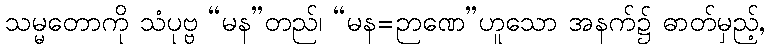
သမ္မတောကို သံပုဗ္ဗ “မန”တည်၊ “မန=ဉာဏေ”ဟူသော အနက်၌ ဓာတ်မှည့်,